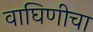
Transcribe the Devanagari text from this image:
वाघिणीचा